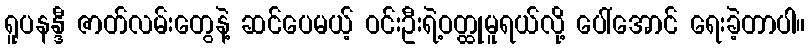
ရူပနန္ဒီ ဇာတ်လမ်းတွေနဲ့ ဆင်ပေမယ့် ဝင်းဦးရဲ့ဝတ္ထုမူရယ်လို့ ပေါ်အောင် ရေးခဲ့တာပါ။